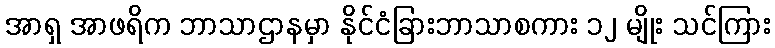
အာရှ အာဖရိက ဘာသာဌာနမှာ နိုင်ငံခြားဘာသာစကား ၁၂ မျိုး သင်ကြား